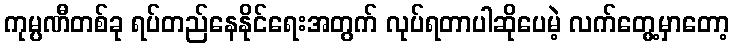
ကုမ္ပဏီတစ်ခု ရပ်တည်နေနိုင်ရေးအတွက် လုပ်ရတာပါဆိုပေမဲ့ လက်တွေ့မှာတော့